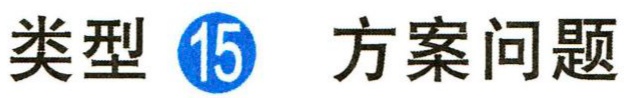
类型 \textcircled{15} 方案问题